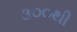
૩૦૦થી